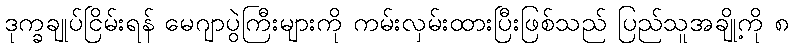
ဒုက္ခချုပ်ငြိမ်းရန် မေဂျာပွဲကြီးများကို ကမ်းလှမ်းထားပြီးဖြစ်သည် ပြည်သူအချို့ကို ၈